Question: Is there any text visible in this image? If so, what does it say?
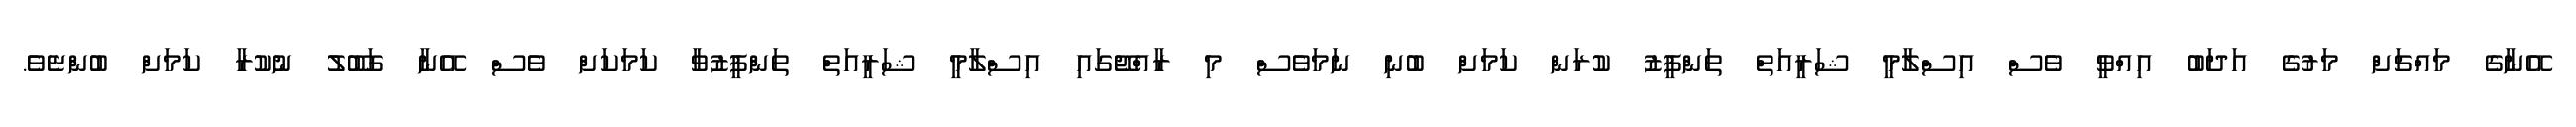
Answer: އޭނާގެ މައްޗަށް މަރުގެ އަދަބު އިއްވީ ވެސް އިސްލާމީ ޝަރީއަތް ތަންފީޒު ކުރަން ކަމަށް ބުނި ނަމަވެސް މި ރާއްޖޭގައި އިސްލާމީ ޝަރީއަތް ތަންފީޒުވާ ކަމަކަށް ވެސް އޭނާ ގަބޫލު ނުކުރާ ކަމަށް ބުންޏެވެ.